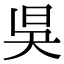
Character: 𣅔